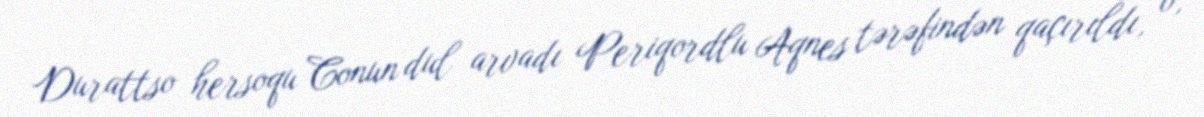
Durattso hersoqu Conun dul arvadı Periqordlu Aqnes tərəfindən qaçırıldı, o,